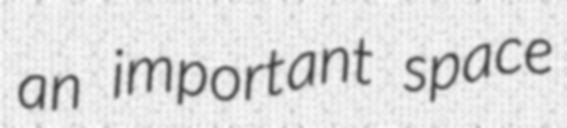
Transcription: an important space